Annual report of the Punjab Veterinary College and of the Civil Veterinary Department, Punjab - 1909-1919
Year: 1909
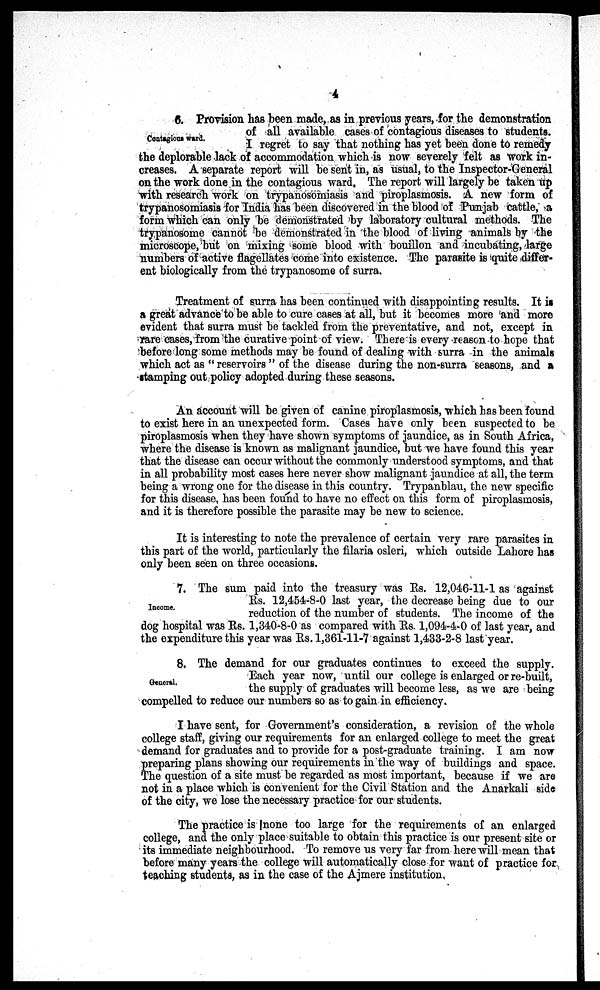
4
Contagious ward.
6. Provision has been made, as in previous years, for the demonstration
of all available cases of contagious diseases to students.
I regret to say that nothing has yet been done to remedy
the deplorable lack of accommodation which is now severely felt as work in-
creases. A separate report will be sent in, as usual, to the Inspector-General
on the work done in the contagious ward. The report will largely be taken up
with research work on trypanosomiasis and piroplasmosis. A new form of
trypanosomiasis for India has been discovered in the blood of Punjab cattle, a
form which can only be demonstrated by laboratory cultural methods. The
trypanosome cannot be demonstrated in the blood of living animals by the
microscope, but on mixing some blood with bouillon and incubating, large
numbers of active flagellates come into existence. The parasite is quite differ-
ent biologically from the trypanosome of surra.
Treatment of surra has been continued with disappointing results. It is
a great advance to be able to cure cases at all, but it becomes more and more
evident that surra must be tackled from the preventative, and not, except in
rare cases, from the curative point of view. There is every reason to hope that
before long some methods may be found of dealing with surra in the animals
which act as "reservoirs" of the disease during the non-surra seasons, and a
Stamping out policy adopted during these seasons.
An account will be given of canine piroplasmosis, which has been found
to exist here in an unexpected form. Cases have only been suspected to be
piroplasmosis when they have shown symptoms of jaundice, as in South Africa,
where the disease is known as malignant jaundice, but we have found this year
that the disease can occur without the commonly understood symptoms, and that
in all probability most cases here never show malignant jaundice at all, the term
being a wrong one for the disease in this country. Trypanblau, the new specific
for this disease, has been found to have no effect on this form of piroplasmosis,
and it is therefore possible the parasite may be new to science.
It is interesting to note the prevalence of certain very rare parasites in
this part of the world, particularly the filaria osleri, which outside Lahore has
only been seen on three occasions.
Income.
7. The sum paid into the treasury was Rs. 12,046-11-1 as against
Rs. 12,454-8-0 last year, the decrease being due to our
reduction of the number of students. The income of the
dog hospital was Rs. 1,340-8-0 as compared with Rs. 1,094-4-0 of last year, and
the expenditure this year was Rs. 1,361-11-7 against 1,433-2-8 last year.
General,
8. The demand for our graduates continues to exceed the supply.
Each year now, until our college is enlarged or re-built,
the supply of graduates will become less, as we are being
compelled to reduce our numbers so as to gain in efficiency.
I have sent, for Government's consideration, a revision of the whole
college staff, giving our requirements for an enlarged college to meet the great
demand for graduates and to provide for a post-graduate training. I am now
preparing plans showing our requirements in the way of buildings and space.
The question of a site must be regarded as most important, because if we are
not in a place which is convenient for the Civil Station and the Anarkali side
of the city, we lose the necessary practice for our students.
The practice is none too large for the requirements of an enlarged
college, and the only place suitable to obtain this practice is our present site or
its immediate neighbourhood. To remove us very far from here will mean that
before many years the college will automatically close for want of practice for
teaching students, as in the case of the Ajmere institution,